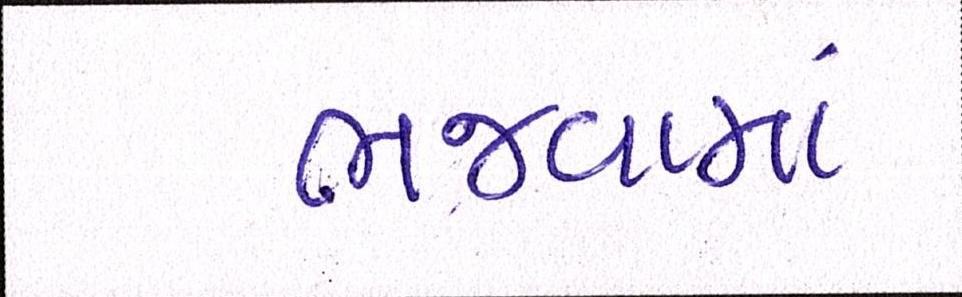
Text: ભજવામાં